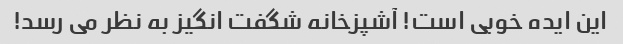
این ایده خوبی است! آشپزخانه شگفت انگیز به نظر می رسد!